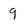
Character: 9